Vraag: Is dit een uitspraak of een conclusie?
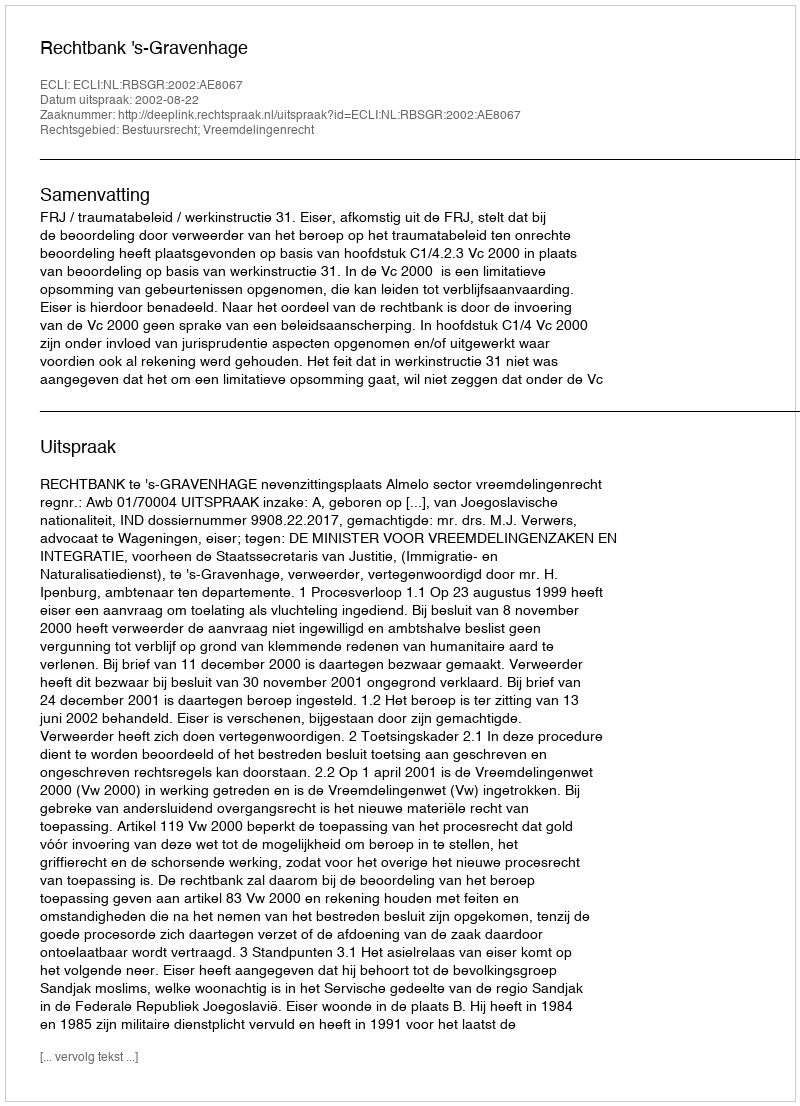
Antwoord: Uitspraak